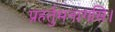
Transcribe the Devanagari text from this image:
प्रहर्तुमनागसि।